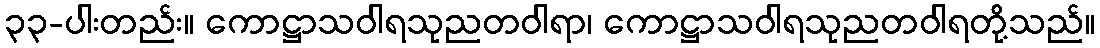
၃၃-ပါးတည်း။ ကောဋ္ဌာသဝါရသုညတဝါရာ၊ ကောဋ္ဌာသဝါရသုညတဝါရတို့သည်။